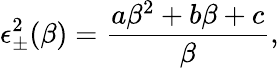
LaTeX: \epsilon_{\pm}^{2}(\beta)=\frac{a\beta^{2}+b\beta+c}{\beta},